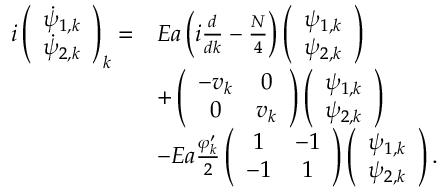
\begin{array} { r l } { i \left( \begin{array} { c } { \dot { \psi } _ { 1 , k } } \\ { \dot { \psi } _ { 2 , k } } \end{array} \right) _ { k } = } & { E a \left( i \frac { d } { d k } - \frac { N } { 4 } \right) \left( \begin{array} { c } { \psi _ { 1 , k } } \\ { \psi _ { 2 , k } } \end{array} \right) } \\ & { + \left( \begin{array} { c c } { - v _ { k } } & { 0 } \\ { 0 } & { v _ { k } } \end{array} \right) \left( \begin{array} { c } { \psi _ { 1 , k } } \\ { \psi _ { 2 , k } } \end{array} \right) } \\ & { - E a \frac { \varphi _ { k } ^ { \prime } } { 2 } \left( \begin{array} { c c } { 1 } & { - 1 } \\ { - 1 } & { 1 } \end{array} \right) \left( \begin{array} { c } { \psi _ { 1 , k } } \\ { \psi _ { 2 , k } } \end{array} \right) . } \end{array}